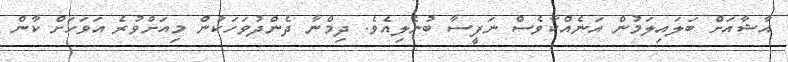
އާޝާއަށް ބަލައިލަމުން އަނެއްކާވެސް ނަފީސާ ބުނެލިއެވެ. ދިމްނާ ދެންދުވަހަކުން މިއަށްވުރެ އަވަހަށް ކާން